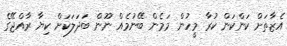
އެޒާތަށް ކަންކަން ކުރާ މީހުން މަމެން ބޭނުމެއް ނޫން ބަދަލަކަށް ކިޔާ ރާއްޖޭގެ